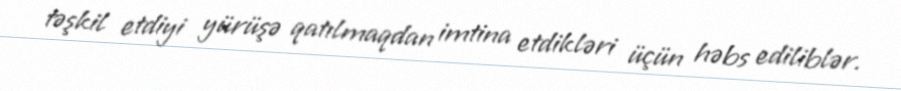
təşkil etdiyi yürüşə qatılmaqdan imtina etdikləri üçün həbs ediliblər.